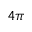
4 \pi